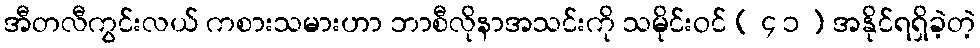
အီတလီကွင်းလယ် ကစားသမားဟာ ဘာစီလိုနာအသင်းကို သမိုင်းဝင် ( ၄ ၁ ) အနိုင်ရရှိခဲ့တဲ့